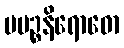
ပပဉ္စနိရောဓော